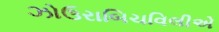
ઝોઉરાબિચવિલીએ